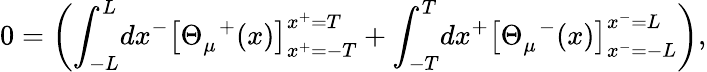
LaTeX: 0=\left({\int}_{-L}^{L}dx^{-}\left[{\Theta}_{\mu}^{\; \; +}(x)\right]_{x^{+}=-T}^{x^{+}=T}+{\int}_{-T}^{T}dx^{+}\left[{\Theta}_{\mu}^{\; \; -}(x)\right]_{x^{-}=-L}^{x^{-}=L}\right),